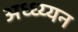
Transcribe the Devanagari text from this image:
अध्ध्य्यन